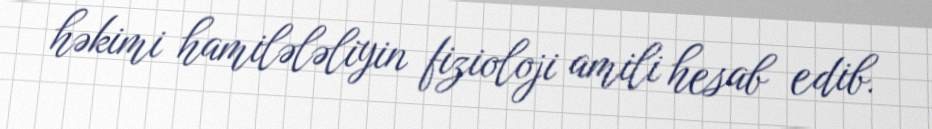
həkimi hamilələliyin fizioloji amili hesab edib.